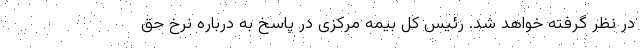
در نظر گرفته خواهد شد. رئیس کل بیمه مرکزی در پاسخ به درباره نرخ حق